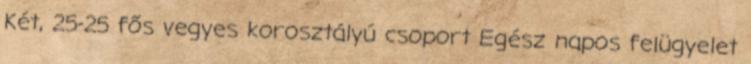
Két, 25-25 fős vegyes korosztályú csoport Egész napos felügyelet